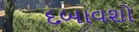
દબાવશો